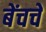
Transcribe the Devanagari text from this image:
बेंचचे